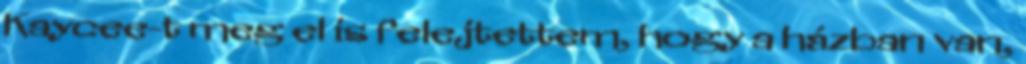
Kaycee-t meg el is felejtettem, hogy a házban van,